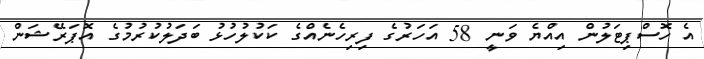
އެ ހޮސްޕިޓަލުން އިއްޔެ ވަނީ 58 އަހަރުގެ ފިރިހެނެއްގެ ކަކުލުހުޅު ބަދަލުކުރުމުގެ އޮޕަރޭޝަން